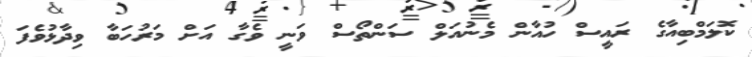
ކޮލަމްބިއާގެ ރައީސް ހުއާން މެނުއަލް ސަންތޯސް ވަނީ ވެގާ އަށް މަރުހަބާ ވިދާާޅުވެފަ